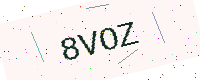
Text: 8VOZ